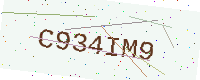
Text: C934IM9